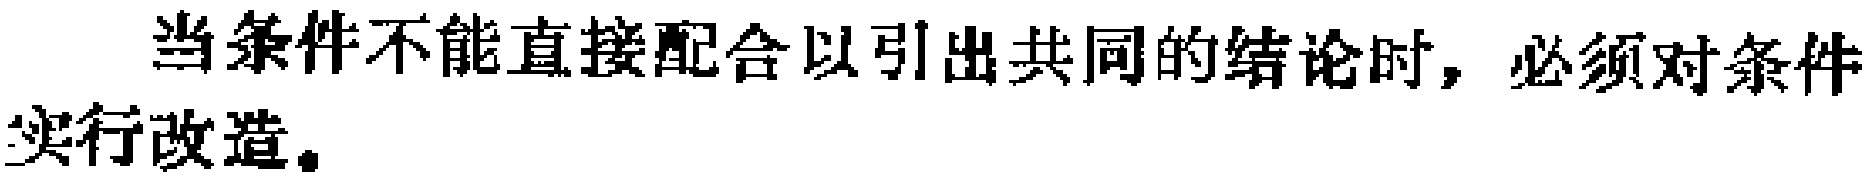
当条件不能直接配合以引出共同的结论时，必须对条件实行改造。